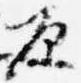
原